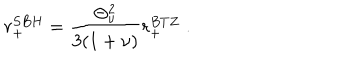
r _ { + } ^ { S B H } = \frac { \Theta _ { \nu } ^ { 2 } } { 3 ( 1 + \nu ) } r _ { + } ^ { B T Z } \; .